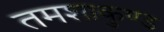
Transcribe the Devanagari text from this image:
तमशाकुण्ड